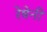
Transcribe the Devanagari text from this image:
रेषेनी